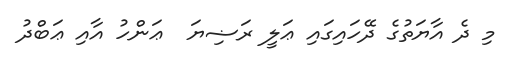
މި ދެ އާޔަތުގެ ދޭހައިގައި ޢަލީ ރަޟިޔަ  ޢަންހު އާއި ޢަބްދު